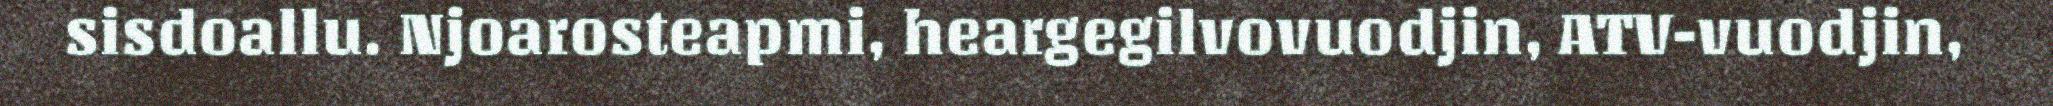
sisdoallu. Njoarosteapmi, heargegilvovuodjin, ATV-vuodjin,